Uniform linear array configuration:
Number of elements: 24
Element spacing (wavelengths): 0.75
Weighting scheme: uniform
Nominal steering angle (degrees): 0
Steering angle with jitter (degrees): -1.754
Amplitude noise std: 0.05
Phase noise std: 0.05

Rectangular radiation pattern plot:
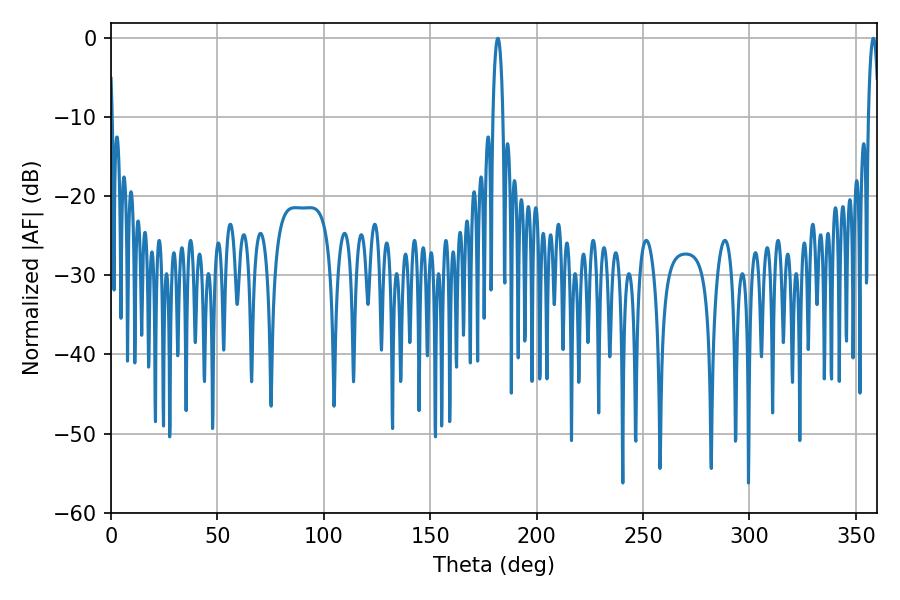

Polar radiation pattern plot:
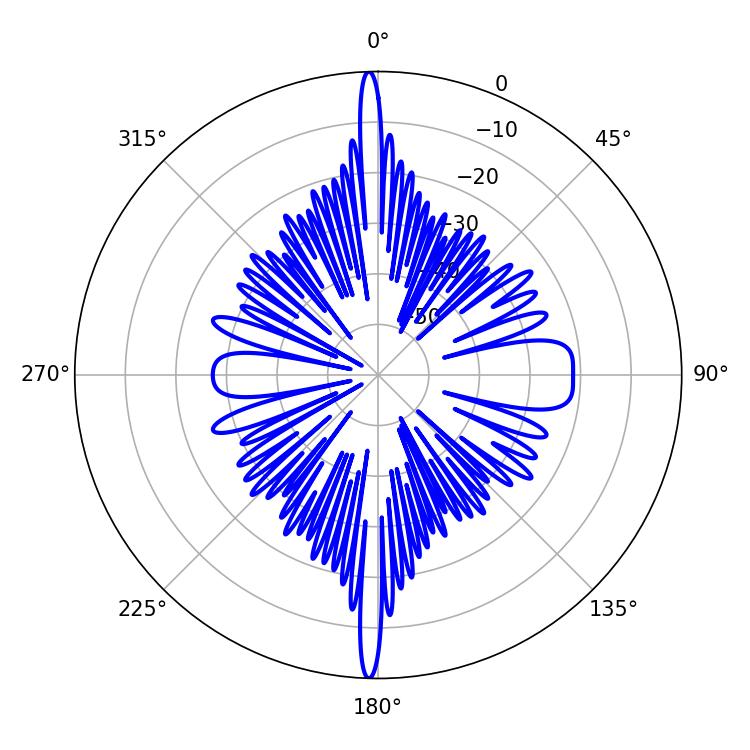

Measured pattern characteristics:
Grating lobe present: TRUE
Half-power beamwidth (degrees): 2.52
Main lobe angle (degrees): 358.2